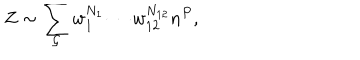
Z \sim \sum _ { { \cal G } } w _ { 1 } ^ { N _ { 1 } } \cdots w _ { 1 2 } ^ { N _ { 1 2 } } n ^ { P } ,